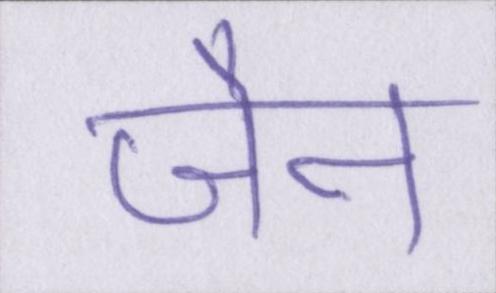
जैन